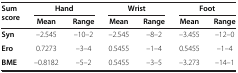
<table><thead><tr><td rowspan="2"><b>Sum score</b></td><td colspan="2"><b>Hand</b></td><td colspan="2"><b>Wrist</b></td><td colspan="2"><b>Foot</b></td></tr><tr><td><b>Mean</b></td><td><b>Range</b></td><td><b>Mean</b></td><td><b>Range</b></td><td><b>Mean</b></td><td><b>Range</b></td></tr></thead><tbody><tr><td><b>Syn</b></td><td>–2.545</td><td>–10–2</td><td>–2.545</td><td>–8–2</td><td>–3.455</td><td>–12–0</td></tr><tr><td><b>Ero</b></td><td>0.7273</td><td>–3–4</td><td>0.5455</td><td>–1–4</td><td>0.5455</td><td>–1–4</td></tr><tr><td><b>BME</b></td><td>–0.8182</td><td>–5–2</td><td>0.5455</td><td>–3–5</td><td>–3.273</td><td>–14–1</td></tr></tbody></table>